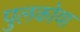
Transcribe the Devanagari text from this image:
पुलकोवा